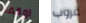
اوقفه غروب